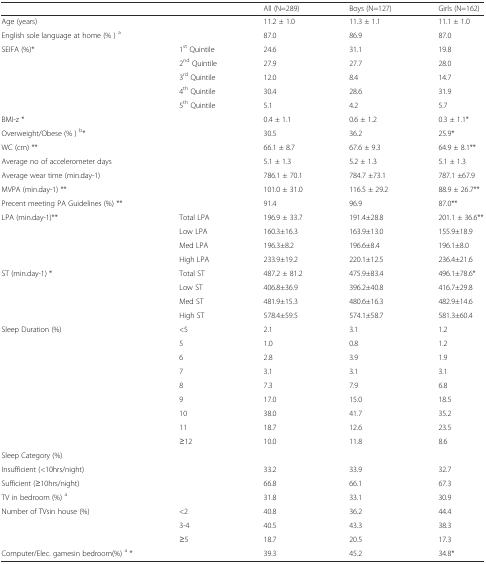
<table><thead><tr><td></td><td></td><td><b>All (N=289)</b></td><td><b>Boys (N=127)</b></td><td><b>Girls (N=162)</b></td></tr></thead><tbody><tr><td>Age (years)</td><td></td><td>11.2 ± 1.0</td><td>11.3 ± 1.1</td><td>11.1 ± 1.0</td></tr><tr><td>English sole language at home (% ) <sup>a</sup></td><td></td><td>87.0</td><td>86.9</td><td>87.0</td></tr><tr><td>SEIFA (%)*</td><td>1<sup>st</sup> Quintile</td><td>24.6</td><td>31.1</td><td>19.8</td></tr><tr><td></td><td>2<sup>nd</sup> Quintile</td><td>27.9</td><td>27.7</td><td>28.0</td></tr><tr><td></td><td>3<sup>rd</sup> Quintile</td><td>12.0</td><td>8.4</td><td>14.7</td></tr><tr><td></td><td>4<sup>th</sup> Quintile</td><td>30.4</td><td>28.6</td><td>31.9</td></tr><tr><td></td><td>5<sup>th</sup> Quintile</td><td>5.1</td><td>4.2</td><td>5.7</td></tr><tr><td colspan="2">BMI-z *</td><td>0.4 ± 1.1</td><td>0.6 ± 1.2</td><td>0.3 ± 1.1*</td></tr><tr><td colspan="2">Overweight/Obese (% ) <sup>b</sup>*</td><td>30.5</td><td>36.2</td><td>25.9*</td></tr><tr><td colspan="2">WC (cm) **</td><td>66.1 ± 8.7</td><td>67.6 ± 9.3</td><td>64.9 ± 8.1**</td></tr><tr><td colspan="2">Average no of accelerometer days</td><td>5.1 ± 1.3</td><td>5.2 ± 1.3</td><td>5.1 ± 1.3</td></tr><tr><td colspan="2">Average wear time (min.day-1)</td><td>786.1 ± 70.1</td><td>784.7 ±73.1</td><td>787.1 ±67.9</td></tr><tr><td colspan="2">MVPA (min.day-1) **</td><td>101.0 ± 31.0</td><td>116.5 ± 29.2</td><td>88.9 ± 26.7**</td></tr><tr><td colspan="2">Precent meeting PA Guidelines (%) **</td><td>91.4</td><td>96.9</td><td>87.0**</td></tr><tr><td>LPA (min.day-1)**</td><td>Total LPA</td><td>196.9 ± 33.7</td><td>191.4±28.8</td><td>201.1 ± 36.6**</td></tr><tr><td></td><td>Low LPA</td><td>160.3±16.3</td><td>163.9±13.0</td><td>155.9±18.9</td></tr><tr><td></td><td>Med LPA</td><td>196.3±8.2</td><td>196.6±8.4</td><td>196.1±8.0</td></tr><tr><td></td><td>High LPA</td><td>233.9±19.2</td><td>220.1±12.5</td><td>236.4±21.6</td></tr><tr><td>ST (min.day-1) *</td><td>Total ST</td><td>487.2 ± 81.2</td><td>475.9±83.4</td><td>496.1±78.6*</td></tr><tr><td></td><td>Low ST</td><td>406.8±36.9</td><td>396.2±40.8</td><td>416.7±29.8</td></tr><tr><td></td><td>Med ST</td><td>481.9±15.3</td><td>480.6±16.3</td><td>482.9±14.6</td></tr><tr><td></td><td>High ST</td><td>578.4±59.5</td><td>574.1±58.7</td><td>581.3±60.4</td></tr><tr><td>Sleep Duration (%)</td><td>&lt;5</td><td>2.1</td><td>3.1</td><td>1.2</td></tr><tr><td></td><td>5</td><td>1.0</td><td>0.8</td><td>1.2</td></tr><tr><td></td><td>6</td><td>2.8</td><td>3.9</td><td>1.9</td></tr><tr><td></td><td>7</td><td>3.1</td><td>3.1</td><td>3.1</td></tr><tr><td></td><td>8</td><td>7.3</td><td>7.9</td><td>6.8</td></tr><tr><td></td><td>9</td><td>17.0</td><td>15.0</td><td>18.5</td></tr><tr><td></td><td>10</td><td>38.0</td><td>41.7</td><td>35.2</td></tr><tr><td></td><td>11</td><td>18.7</td><td>12.6</td><td>23.5</td></tr><tr><td></td><td>≥12</td><td>10.0</td><td>11.8</td><td>8.6</td></tr><tr><td colspan="5">Sleep Category (%)</td></tr><tr><td colspan="2">Insufficient (&lt;10hrs/night)</td><td>33.2</td><td>33.9</td><td>32.7</td></tr><tr><td colspan="2">Sufficient (≥10hrs/night)</td><td>66.8</td><td>66.1</td><td>67.3</td></tr><tr><td colspan="2">TV in bedroom (%) <sup>a</sup></td><td>31.8</td><td>33.1</td><td>30.9</td></tr><tr><td rowspan="3">Number of TVsin house (%)</td><td>&lt;2</td><td>40.8</td><td>36.2</td><td>44.4</td></tr><tr><td>3-4</td><td>40.5</td><td>43.3</td><td>38.3</td></tr><tr><td>≥5</td><td>18.7</td><td>20.5</td><td>17.3</td></tr><tr><td>Computer/Elec. gamesin bedroom(%) <sup>a</sup> *</td><td></td><td>39.3</td><td>45.2</td><td>34.8*</td></tr></tbody></table>